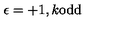
\epsilon = + 1 , k \mathrm { o d d }